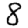
Digit: 8